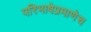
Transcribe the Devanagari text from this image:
परिभाषेप्रमाणेच